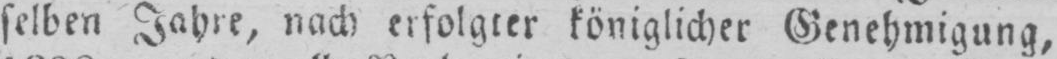
selben Jahre, nach erfolgter königlicher Genehmigung,